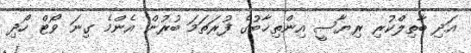
އަދި ބާތިލްކުރި ރިޔާސީ އިންތިޚާބުގެ ފުރަތަމަ ބުރުން އެންމެ ގިނަ ވޯޓް ހޯދި